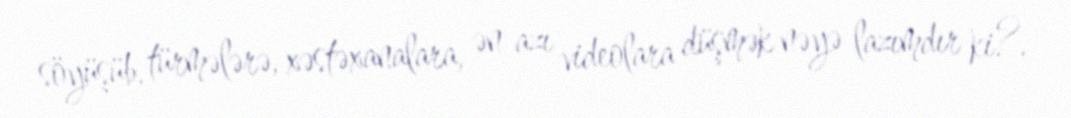
söyüşüb, türmələrə, xəstəxanalara, ən azı videolara düşmək nəyə lazımdır ki?.